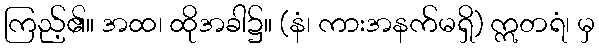
ကြည့်၏။ အထ၊ ထိုအခါ၌။ (နံ၊ ကားအနက်မရှိ) ဣတရံ၊ မှ